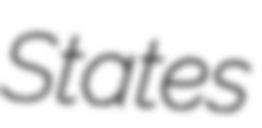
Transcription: States